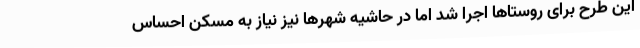
این طرح برای روستاها اجرا شد اما در حاشیه شهرها نیز نیاز به مسکن احساس